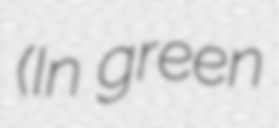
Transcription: (In green